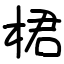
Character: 桾